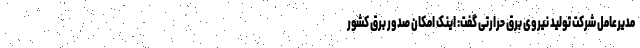
مدیرعامل شرکت تولید نیروی برق حرارتی گفت: اینک امکان صدور برق کشور